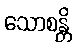
သောစန္တိ